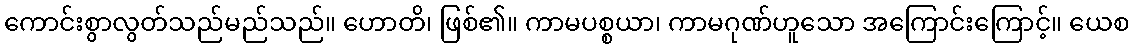
ကောင်းစွာလွတ်သည်မည်သည်။ ဟောတိ၊ ဖြစ်၏။ ကာမပစ္စယာ၊ ကာမဂုဏ်ဟူသော အကြောင်းကြောင့်။ ယေစ